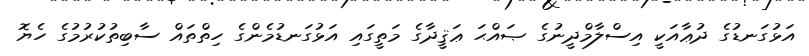
އަޅުގަނޑުގެ ދުޢާއަކީ އިސްލާމްދީނުގެ ޞައްޙަ ޢަޤީދާގެ މަތީގައި އަޅުގަނޑުމެންގެ ހިތްތައް ސާބިތުކުރުމުގެ ހެޔޮ